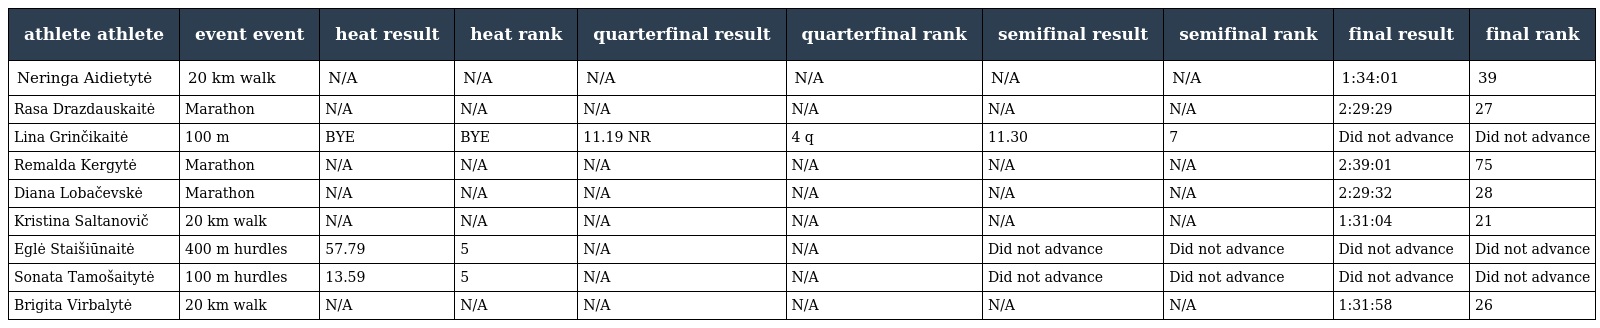
| athlete athlete | event event | heat result | heat rank | quarterfinal result | quarterfinal rank | semifinal result | semifinal rank | final result | final rank |
 | --- | --- | --- | --- | --- | --- | --- | --- | --- | --- |
 | Neringa Aidietytė | 20 km walk | N/A | N/A | N/A | N/A | N/A | N/A | 1:34:01 | 39 |
 | Rasa Drazdauskaitė | Marathon | N/A | N/A | N/A | N/A | N/A | N/A | 2:29:29 | 27 |
 | Lina Grinčikaitė | 100 m | BYE | BYE | 11.19 NR | 4 q | 11.30 | 7 | Did not advance | Did not advance |
 | Remalda Kergytė | Marathon | N/A | N/A | N/A | N/A | N/A | N/A | 2:39:01 | 75 |
 | Diana Lobačevskė | Marathon | N/A | N/A | N/A | N/A | N/A | N/A | 2:29:32 | 28 |
 | Kristina Saltanovič | 20 km walk | N/A | N/A | N/A | N/A | N/A | N/A | 1:31:04 | 21 |
 | Eglė Staišiūnaitė | 400 m hurdles | 57.79 | 5 | N/A | N/A | Did not advance | Did not advance | Did not advance | Did not advance |
 | Sonata Tamošaitytė | 100 m hurdles | 13.59 | 5 | N/A | N/A | Did not advance | Did not advance | Did not advance | Did not advance |
 | Brigita Virbalytė | 20 km walk | N/A | N/A | N/A | N/A | N/A | N/A | 1:31:58 | 26 |